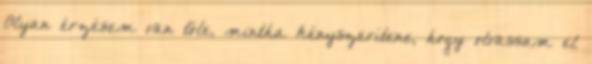
Olyan érzésem van tőle, mintha kényszerítene, hogy olvassam el